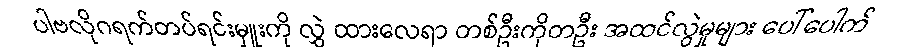
ပါဗလိုဂရက်တပ်ရင်းမှူးကို လွှဲ ထားလေရာ တစ်ဦးကိုတဦး အထင်လွဲမှုများ ပေါ်ပေါက်